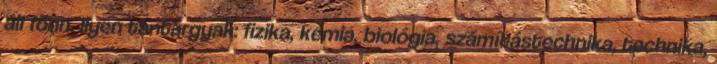
áll fönn. Ilyen tantárgyak: fizika, kémia, biológia, számítástechnika, technika,